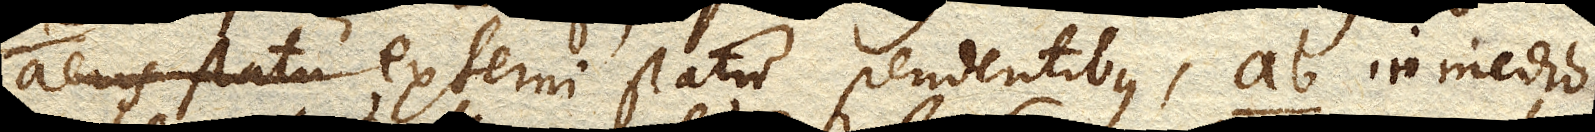
aeris statu externi statu pendentibus, ab in medio